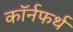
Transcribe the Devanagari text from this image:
कॉर्नफर्थ